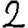
Digit: 2